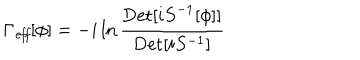
LaTeX: \Gamma _ { \mathit { e f f } } [ \phi ] = - i \ln { \frac { { \mathrm { D e t } } [ i { S } ^ { - 1 } [ \phi ] ] } { { \mathrm { D e t } } [ i S ^ { - 1 } ] } }